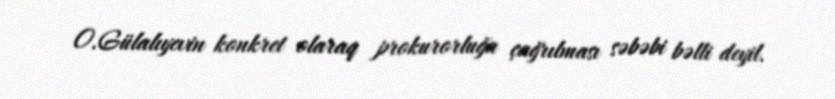
O.Gülalıyevin konkret olaraq prokurorluğa çağrılması səbəbi bəlli deyil.